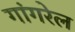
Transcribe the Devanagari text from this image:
गांगरेल